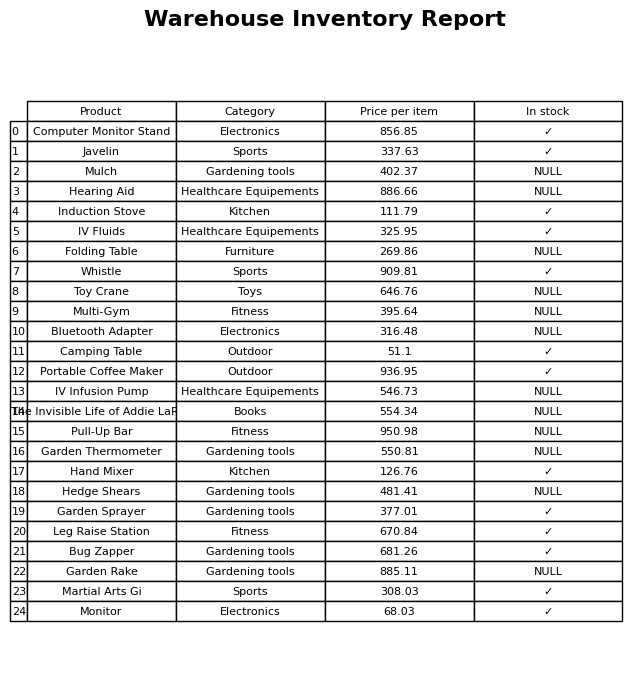
question: What is the price of the IV Fluids?
answer: The price of IV Fluids is 325.95.